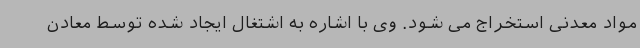
مواد معدنی استخراج می شود. وی با اشاره به اشتغال ایجاد شده توسط معادن